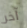
آخر